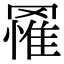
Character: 𮊔